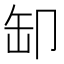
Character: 缷